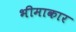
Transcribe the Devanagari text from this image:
भीमाकार